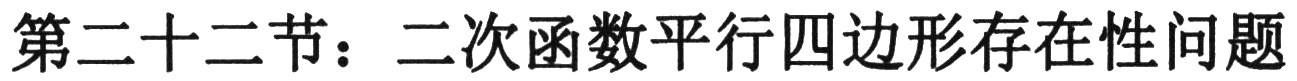
第二十二节：二次函数平行四边形存在性问题